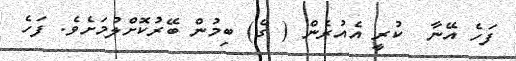
ފަހެ އޭނާ  ކުރީ އެއުރެން ( ގެ) ބިމުން ބޭރުކޮށްލުމަށެވެ. ފަހެ